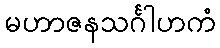
မဟာဇနသင်္ဂါဟကံ